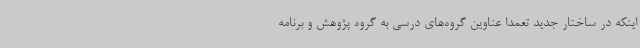
اینکه در ساختار جدید تعمدا عناوین گروه‌های درسی به گروه پژوهش و برنامه